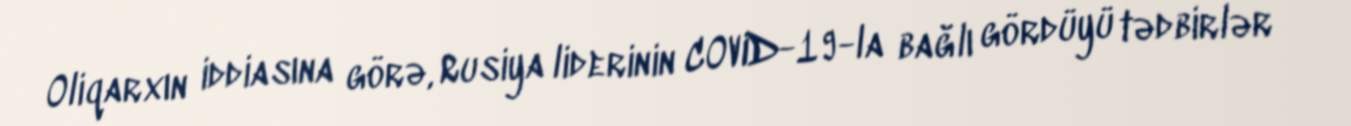
Oliqarxın iddiasına görə, Rusiya liderinin COVID-19-la bağlı gördüyü tədbirlər